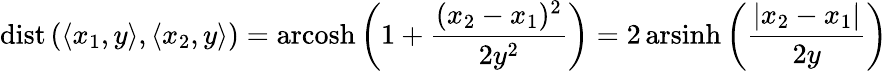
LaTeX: \operatorname{dist}\left(\langle x_{1},y\rangle,\langle x_{2},y\rangle\right)=\operatorname{arcosh}\left(1+{\frac{(x_{2}-x_{1})^{2}}{2y^{2}}}\right)=2\operatorname{arsinh}\left({\frac{|x_{2}-x_{1}|}{2y}}\right)